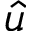
\hat { u }